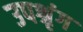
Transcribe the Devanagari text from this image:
उपश्रृंग